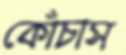
কোঁচাস